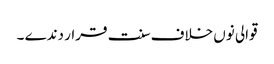
قوالی نوں خلاف سنت قرار دندے ۔